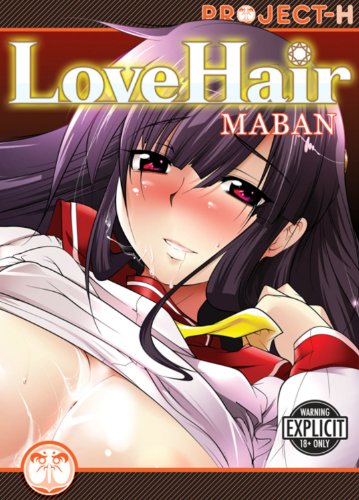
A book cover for Love Hair (Hentai Manga); Maban; Comics & Graphic Novels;